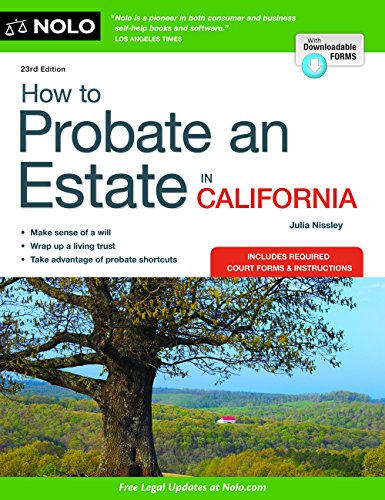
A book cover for How to Probate an Estate in California; Julia Nissley; Law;